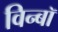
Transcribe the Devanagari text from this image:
विन्बॉ